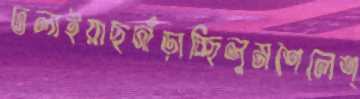
ঢলাইয়াছদাঁড়াচ্ছিলুমশৈলেশ্